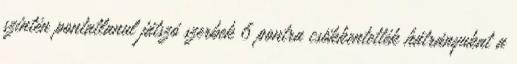
szintén pontatlanul játszó szerbek 6 pontra csökkentették hátrányukat a